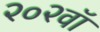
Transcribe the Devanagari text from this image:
२०२वॉ